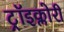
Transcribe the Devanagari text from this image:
ट्रॉइक्लोरी